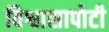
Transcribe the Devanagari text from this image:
विश्वासापोटी